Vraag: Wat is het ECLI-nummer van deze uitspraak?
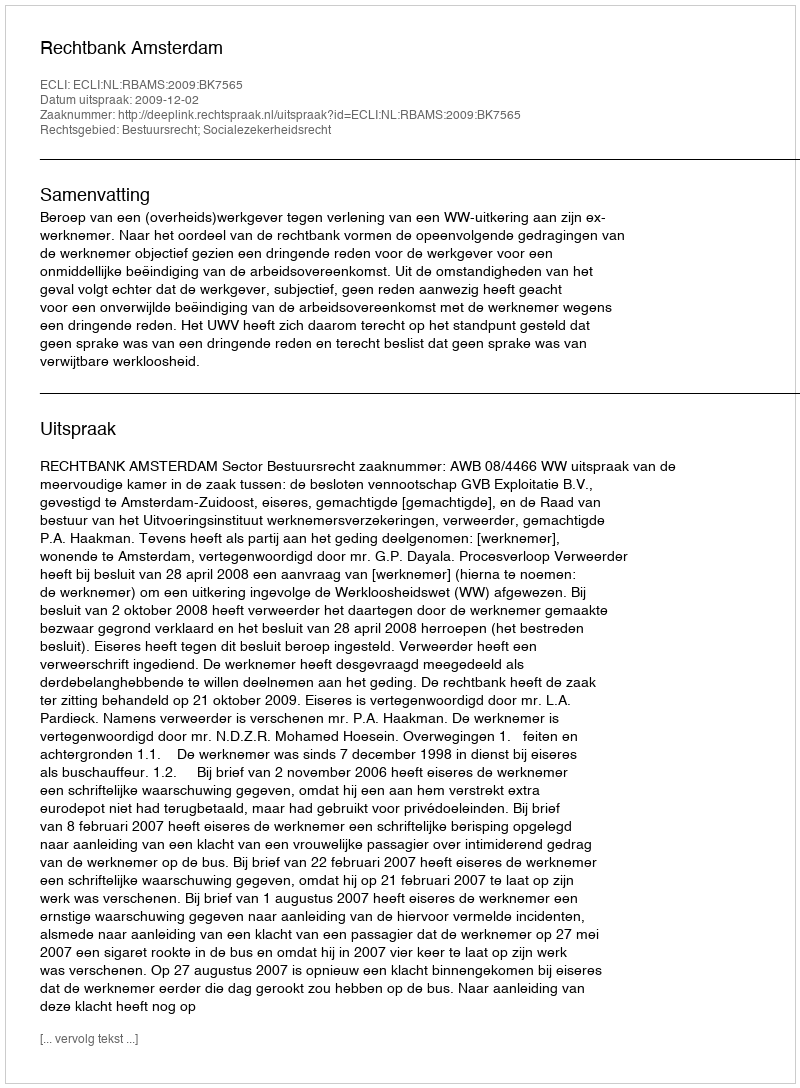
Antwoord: ECLI:NL:RBAMS:2009:BK7565